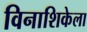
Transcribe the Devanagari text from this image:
विनाशिकेला